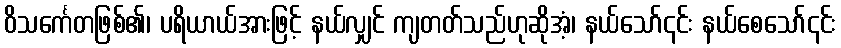
ဝိသင်္ကေတဖြစ်၏၊ ပရိယာယ်အားဖြင့် နယ်လျှင် ကျတတ်သည်ဟုဆိုအံ့၊ နယ်သော်၎င်း နယ်စေသော်၎င်း